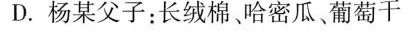
D.杨某父子：长绒棉哈密瓜，葡萄干